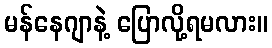
မန်နေဂျာနဲ့ ပြောလို့ရမလား။